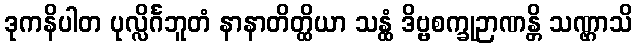
ဒုကနိပါတ ပုလ္လိင်္ဂဘူတံ နာနာတိတ္ထိယာ သန္ထံ ဒိဗ္ဗစက္ခုဉာဏန္တိ သဏ္ဌာသိ